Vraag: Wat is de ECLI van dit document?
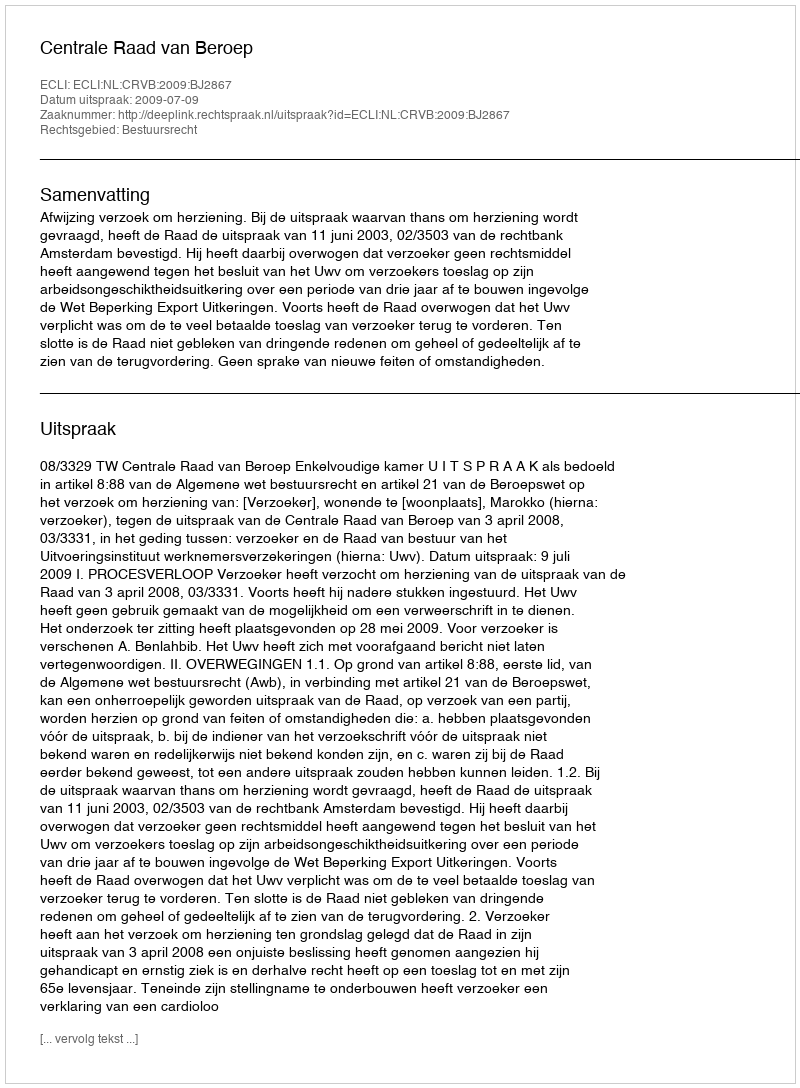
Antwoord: ECLI:NL:CRVB:2009:BJ2867